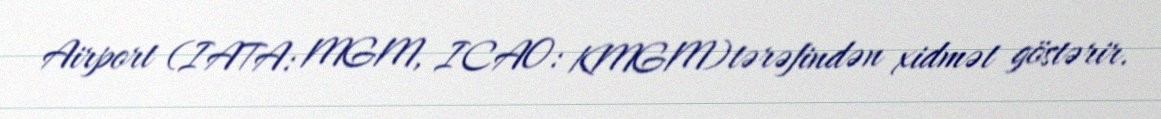
Airport (IATA: MGM, ICAO: KMGM)tərəfindən xidmət göstərir.